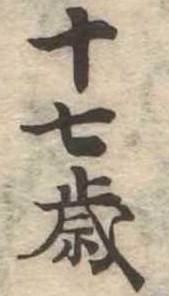
十七歳